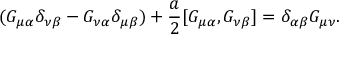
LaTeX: ( G _ { \mu \alpha } \delta _ { \nu \beta } - G _ { \nu \alpha } \delta _ { \mu \beta } ) + \frac { a } { 2 } [ G _ { \mu \alpha } , G _ { \nu \beta } ] = \delta _ { \alpha \beta } G _ { \mu \nu } .